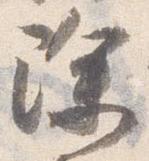
除